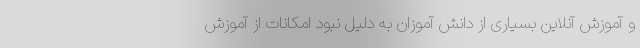
و آموزش آنلاین بسیاری از دانش آموزان به دلیل نبود امکانات از آموزش